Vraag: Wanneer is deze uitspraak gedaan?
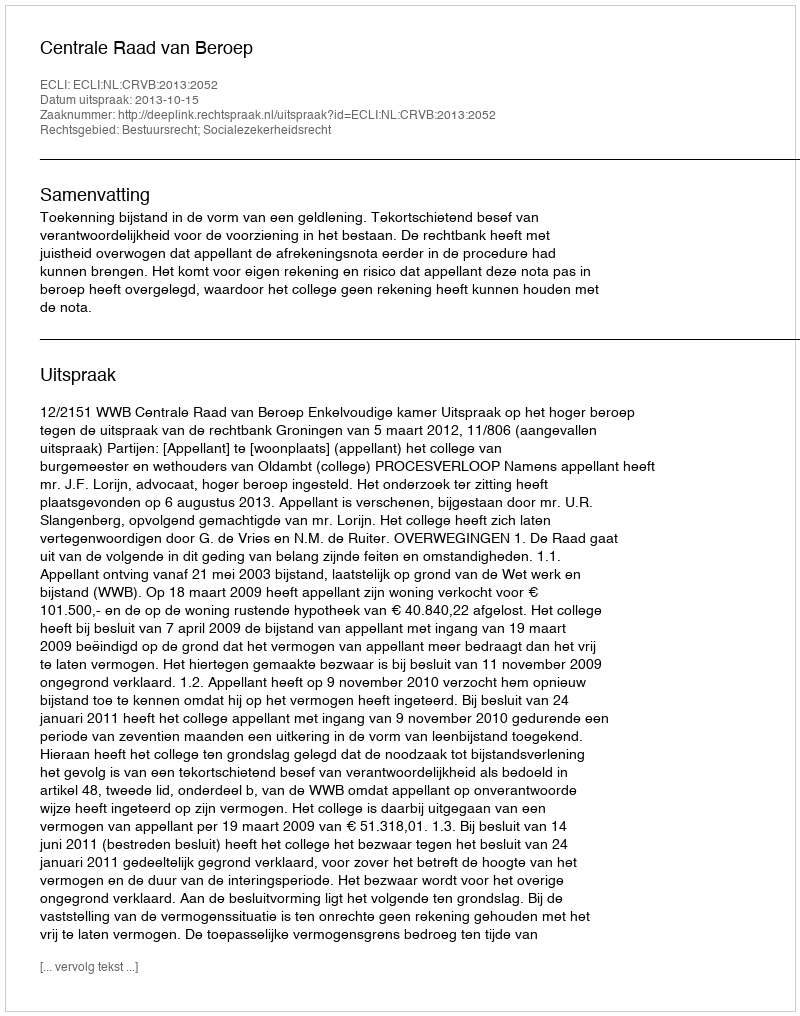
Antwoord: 2013-10-15